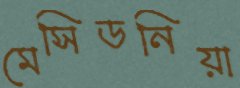
মেসিডনিয়া